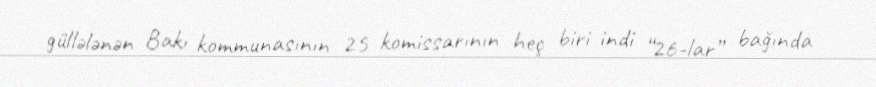
güllələnən Bakı kommunasının 25 komissarının heç biri indi “26-lar” bağında